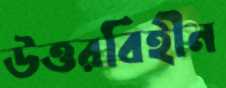
উত্তরবিহীন